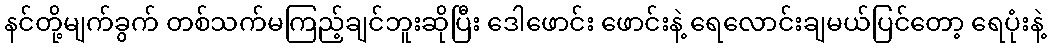
နင်တို့မျက်ခွက် တစ်သက်မကြည့်ချင်ဘူးဆိုပြီး ဒေါဖောင်း ဖောင်းနဲ့ ရေလောင်းချမယ်ပြင်တော့ ရေပုံးနဲ့